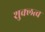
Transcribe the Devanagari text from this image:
शुक्लत्व